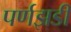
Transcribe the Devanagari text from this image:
पर्णझडी